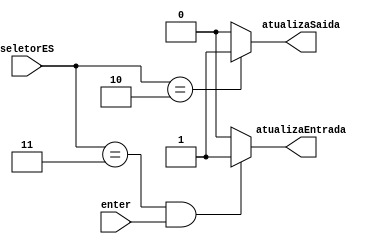
module gerenciadorES
#(parameter DATA_WIDTH=16,
  parameter ENTRADA=2'b11,
  parameter SAIDA=2'b10
 )
(
	input [1:0] seletorES, //seletor de entrada, saida ou nada
	input enter, // pushButton pressionado
	output atualizaEntrada,
	output atualizaSaida
);
	// definicao do controle de entrada
	assign atualizaEntrada = ((seletorES == ENTRADA) && (enter == 1))? 1'b1:1'b0;
	
	// definicao do controle de saida
	assign atualizaSaida = (seletorES == SAIDA)? 1'b1:1'b0;
endmodule